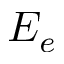
E _ { e }